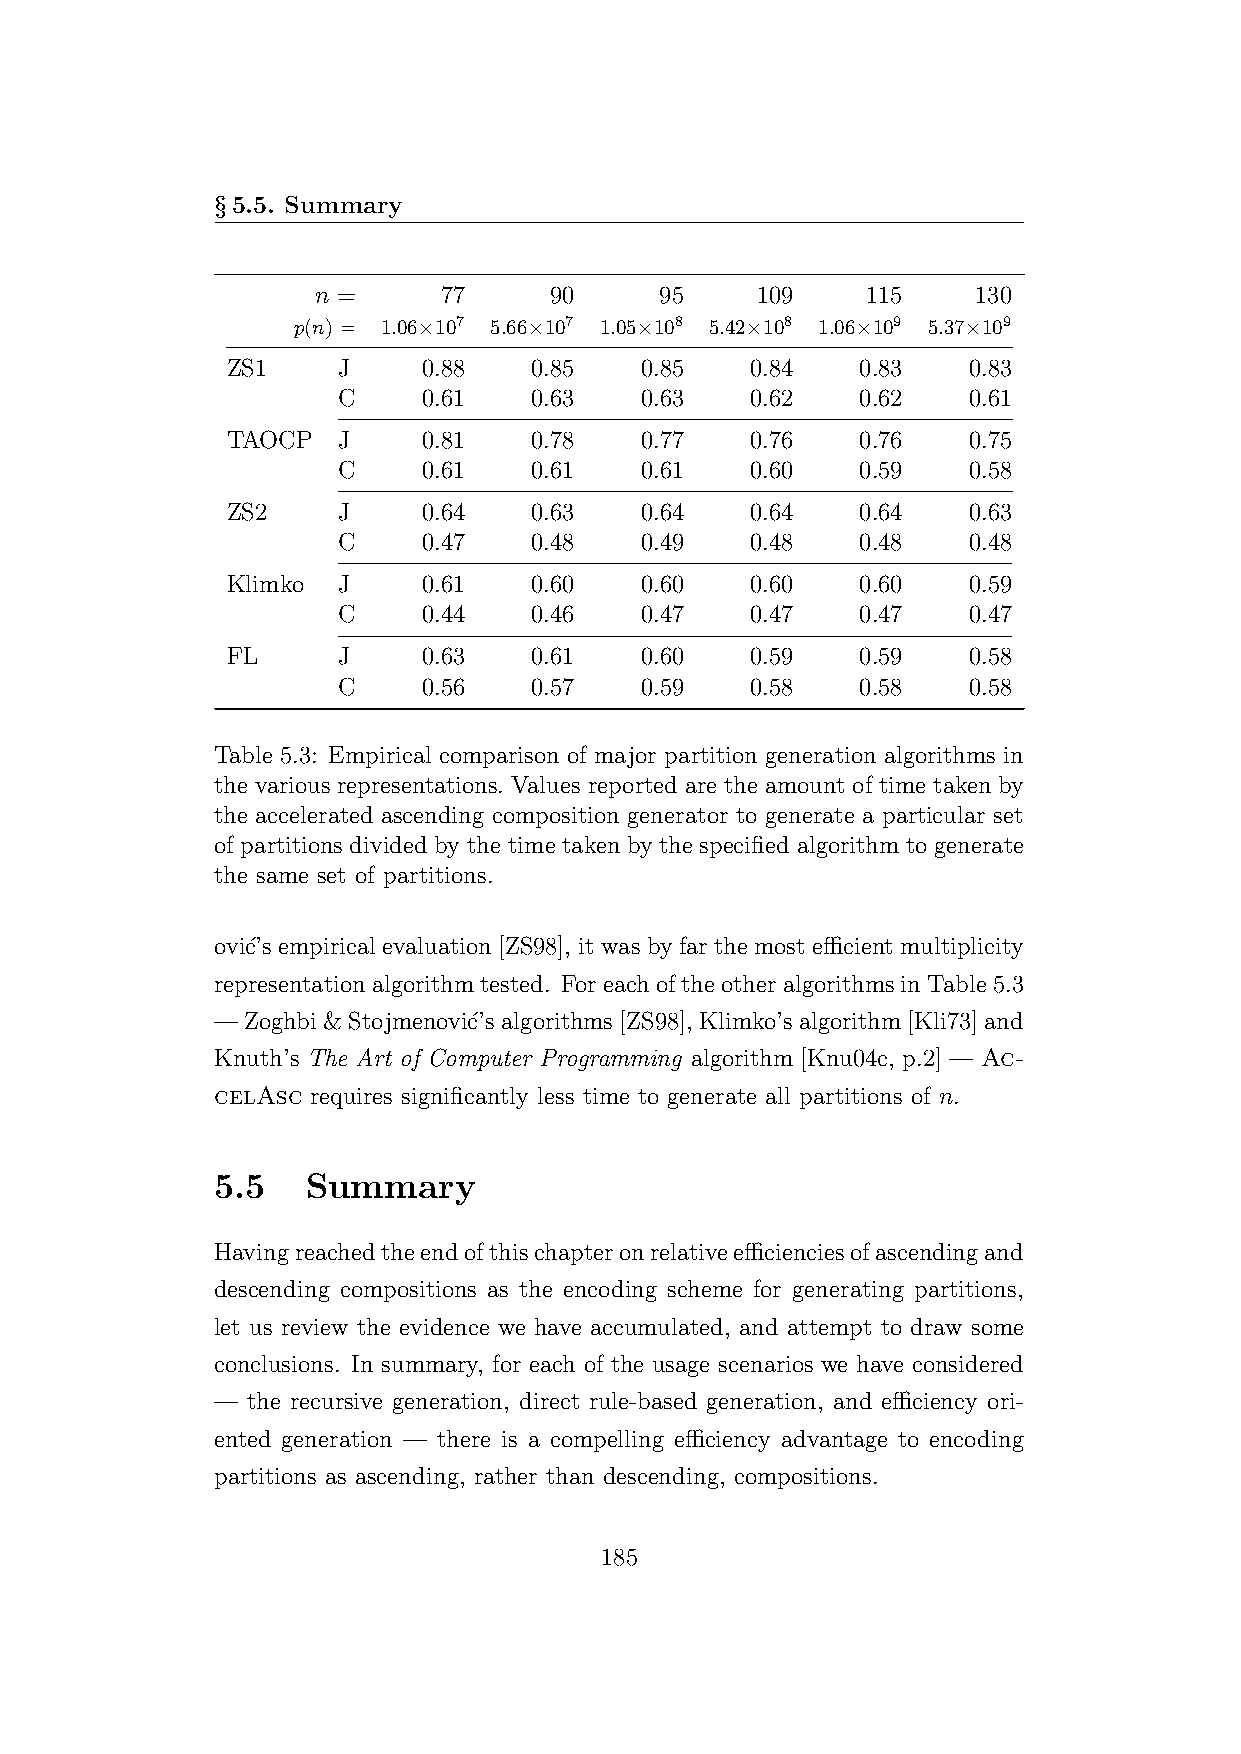
§5.5. Summary
 n =     77     90      95    109    115     130
 p(n) = 1.06×107 5.66×107 1.05×108 5.42×108 1.06×109 5.37×109
 ZS1    J     0.88   0.85   0.85    0.84   0.83   0.83
 C     0.61   0.63   0.63    0.62   0.62   0.61
 TAOCP  J     0.81   0.78   0.77    0.76   0.76   0.75
 C     0.61   0.61   0.61    0.60   0.59   0.58
 ZS2    J     0.64   0.63   0.64    0.64   0.64   0.63
 C     0.47   0.48   0.49    0.48   0.48   0.48
 Klimko J     0.61   0.60   0.60    0.60   0.60   0.59
 C     0.44   0.46   0.47    0.47   0.47   0.47
 FL     J     0.63   0.61   0.60    0.59   0.59   0.58
 C     0.56   0.57   0.59    0.58   0.58   0.58
 Table 5.3: Empirical comparison of major partition generation algorithms in
 the various representations. Values reported are the amount of time taken by
 the accelerated ascending composition generator to generate a particular set
 of partitions divided by the time taken by the specified algorithm to generate
 the same set of partitions.
 ovi´c’s empirical evaluation [ZS98], it was by far the most efficient multiplicity
 representationalgorithmtested. ForeachoftheotheralgorithmsinTable5.3
 —Zoghbi&Stojmenovi´c’salgorithms[ZS98], Klimko’salgorithm[Kli73]and
 Knuth’s The Art of Computer Programming algorithm [Knu04c, p.2] — Ac-
 celAsc requires significantly less time to generate all partitions of n.
 5.5   Summary
 Havingreachedtheendofthischapteronrelativeefficienciesofascendingand
 descending compositions as the encoding scheme for generating partitions,
 let us review the evidence we have accumulated, and attempt to draw some
 conclusions. In summary, for each of the usage scenarios we have considered
 — the recursive generation, direct rule-based generation, and efficiency ori-
 ented generation — there is a compelling efficiency advantage to encoding
 partitions as ascending, rather than descending, compositions.
 185